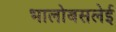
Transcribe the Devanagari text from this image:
भालोबसलेई